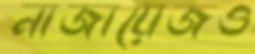
নাজায়েজও